Vaccination in Bombay 1902-1912 - 1902-1912
Year: 1902
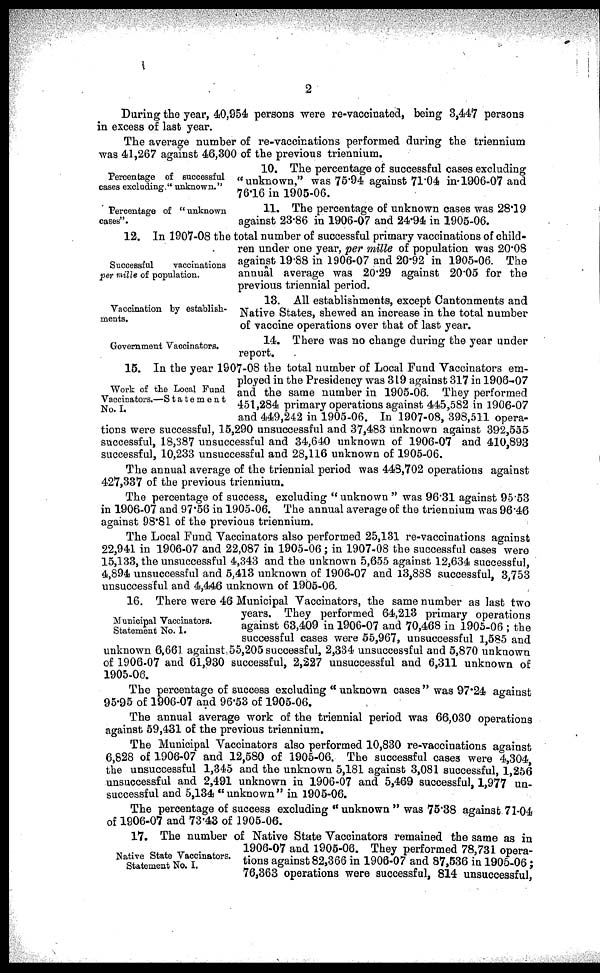
2
During the year, 40,954 persons were re-vaccinated, being 3,447 persons
in excess of last year.
The average number of re-vaccinations performed during the triennium
was 41,267 against 46,300 of the previous triennium.
Percentage of successful
cases excluding "unknown."
10. The percentage of successful cases excluding
"unknown," was 75.94 against 71.04 in 1906-07 and
76.16 in 1905-06.
Percentage of "unknown
cases".
11. The percentage of unknown cases was 28.19
against 23.86 in 1906-07 and 24.94 in 1905-06.
Successful
vaccinations
per mille of population.
12. In 1907-08 the total number of successful primary vaccinations of child-
ren under one year, per mille of population was 20.08
against 19.88 in 1906-07 and 20.92 in 1905-06. The
annual average was 20.29 against 20.05 for the
previous triennial period.
Vaccination by establish-
ments.
13. All establishments, except Cantonments and
Native States, shewed an increase in the total number
of vaccine operations over that of last year.
Government Vaccinators.
14. There was no change during the year under
report.
Work of the Local Fund
Vaccinators.—Statement
No. I.
15. In the year 1907-08 the total number of Local Fund Vaccinators em-
ployed in the Presidency was 319 against 317 in 1906-07
and the same number in 1905-06. They performed
451,284 primary operations against 445,582 in 1906-07
and 449,242 in 1905-06. In 1907-08, 398,511 opera-
tions were successful, 15,290 unsuccessful and 37,483 unknown against 392,555
successful, 18,387 unsuccessful and 34,640 unknown of 1906-07 and 410,893
successful, 10,233 unsuccessful and 28,116 unknown of 1905-06.
The annual average of the triennial period was 448,702 operations against
427,337 of the previous triennium.
The percentage of success, excluding "unknown " was 96.31 against 95.53
in 1906-07 and 97.56 in 1905-06. The annual average of the triennium was 96.46
against 98.81 of the previous triennium.
The Local Fund Vaccinators also performed 25,131 re-vaccinations against
22,941 in 1906-07 and 22,087 in 1905-06; in 1907-08 the successful cases were
15,133, the unsuccessful 4,343 and the unknown 5,655 against 12,634 successful,
4,894 unsuccessful and 5,413 unknown of 1906-07 and 13,888 successful, 3,753
unsuccessful and 4,446 unknown of 1905-06.
Municipal Vaccinators.
Statement No. 1.
16. There were 46 Municipal Vaccinators, the same number as last two
years. They performed 64,213 primary operations
against 63,409 in 1906-07 and 70,468 in 1905-06 ; the
successful cases were 55,967, unsuccessful 1,585 and
unknown 6,661 against, 55,205 successful, 2,334 unsuccessful and 5,870 unknown
of 1906-07 and 61,930 successful, 2,227 unsuccessful and 6,311 unknown of
1905-06.
The percentage of success excluding " unknown cases " was 97.24 against
95.95 of 1906-07 and 96.53 of 1905-06.
The annual average work of the triennial period was 66,030 operations
against 59,431 of the previous triennium.
The Municipal Vaccinators also performed 10,830 re-vaccinations against
6,828 of 1906-07 and 12,580 of 1905-06. The successful cases were 4,304,
the unsuccessful 1,345 and the unknown 5,181 against 3,081 successful, 1,256
unsuccessful and 2,491 unknown in 1906-07 and 5,469 successful, 1,977 un-
successful and 5,134 "unknown" in 1905-06.
The percentage of success excluding " unknown " was 75.38 against 71.04
of 1906-07 and 73.43 of 1905-06.
Native State Vaccinators.
Statement No. I.
17. The number of Native State Vaccinators remained the same as in
1906-07 and 1905-06. They performed 78,731 opera-
tions against 82,366 in 1906-07 and 87,536 in 1905-06 ;
76,363 operations were successful, 814 unsuccessful,